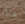
منذ